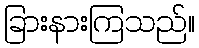
ခြားနားကြသည်။